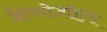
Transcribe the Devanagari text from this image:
हिप्नोज़ॉइट्स